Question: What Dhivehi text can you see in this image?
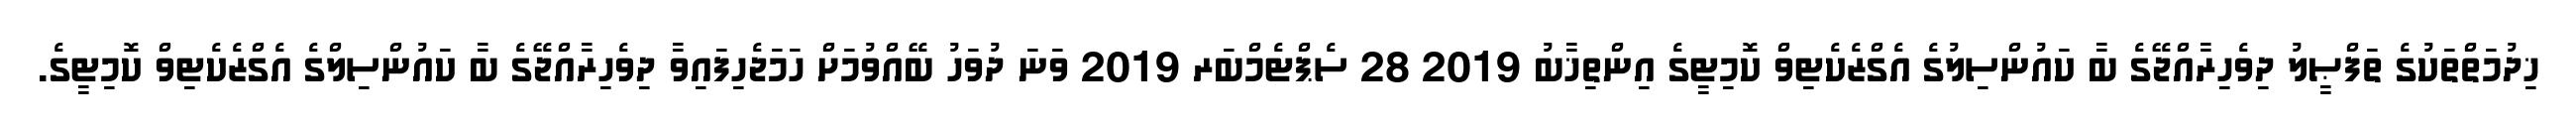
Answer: ޚިދުމަތްތަކުގެ ތަފްޞީލު ދިވެހިރާއްޖޭގެ ބާ ކައުންސިލުގެ އެގްޒެކެޓިވް ކޮމިޓީގެ އިންތިޚާބު 2019 28 ސެޕްޓެމްބަރ 2019 ވަނަ ދުވަހު ބޭއްވުމަށް ހަމަޖެހިފައިވާ ދިވެހިރާއްޖޭގެ ބާ ކައުންސިލްގެ އެގްޒެކެޓިވް ކޮމިޓީގެ.